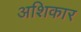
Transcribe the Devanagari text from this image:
अशिकार